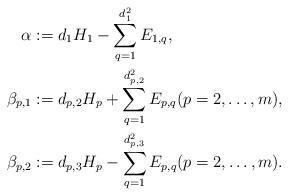
LaTeX: \begin{align*}\alpha &:= d_1H_1 - \sum_{q=1}^{d_1^2}E_{1,q},\\\beta_{p,1} &:= d_{p,2}H_p + \sum_{q = 1}^{d_{p,2}^2} E_{p,q} (p=2,\ldots, m),\\\beta_{p,2} &:= d_{p,3}H_p - \sum_{q = 1}^{d_{p,3}^2} E_{p,q} (p=2,\ldots, m).\end{align*}